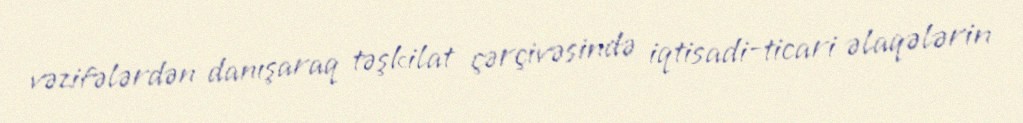
vəzifələrdən danışaraq təşkilat çərçivəsində iqtisadi-ticari əlaqələrin